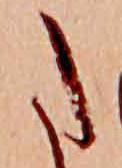
た